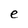
Character: e